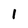
Character: l